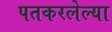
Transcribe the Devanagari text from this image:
पतकरलेल्या